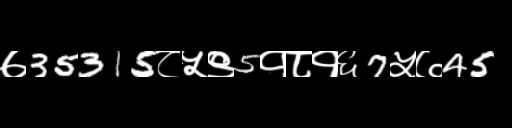
Text: ७35315८५९5१८१६7५७45